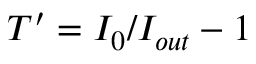
T ^ { \prime } = I _ { 0 } / I _ { o u t } - 1